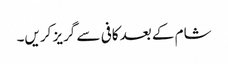
شام کے بعد کافی سے گریز کریں۔